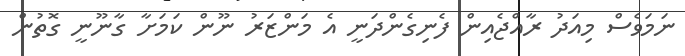
ނަމަވެސް މިއަދު ރާއްޖެއިން ފެނިގެންދަނީ އެ މަންޒަރު ނޫން ކަމަށާ ގާނޫނީ ގޮތުން